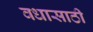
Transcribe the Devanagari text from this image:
वधासाठी